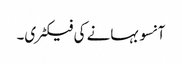
آنسو بہانے کی فیکٹری۔